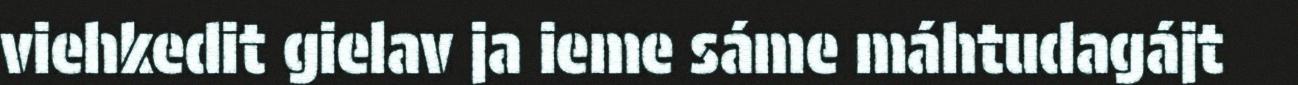
viehkedit gielav ja ieme sáme máhtudagájt